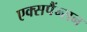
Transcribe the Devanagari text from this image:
एक्सपैंन्सन